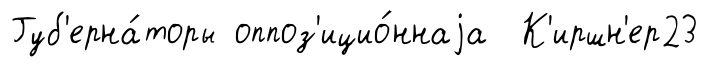
Губ'ерна́торы оппоз'ицио́ннаjа К'иршн'ер23